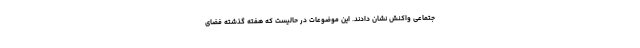
جتماعی واکنش نشان دادند. این موضوعات در حالیست‌ که هفته گذشته فضای